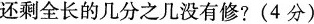
还剩全长的几分之几没有修?(4分)